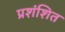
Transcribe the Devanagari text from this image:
प्रशंशित